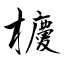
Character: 櫦